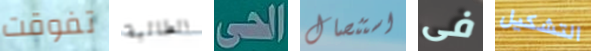
تفوقت الطالبة الحى استئصال فى التشكيل